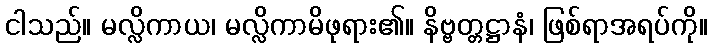
ငါသည်။ မလ္လိကာယ၊ မလ္လိကာမိဖုရား၏။ နိဗ္ဗတ္တဋ္ဌာနံ၊ ဖြစ်ရာအရပ်ကို။